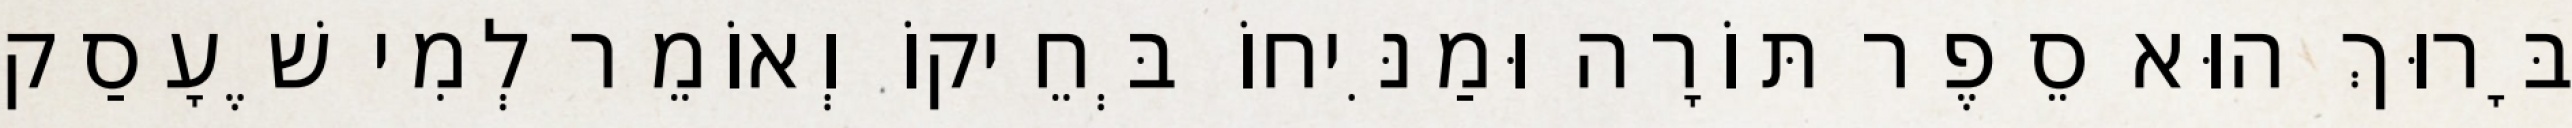
בָּרוּךְ הוּא סֵפֶר תּוֹרָה וּמַנִּיחוֹ בְּחֵיקוֹ וְאוֹמֵר לְמִי שֶׁעָסַק